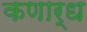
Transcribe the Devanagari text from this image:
कणार्ध